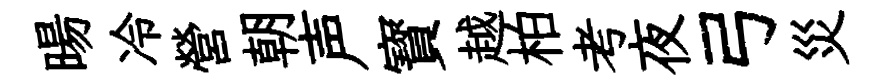
暘冷營朝声寳越柏考夜弓災